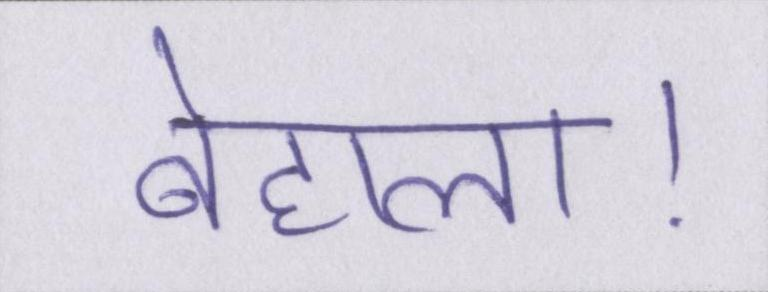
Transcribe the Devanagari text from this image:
बेहाल।